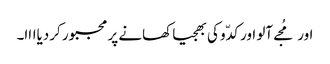
اور مُجے آلو اور کدّو کی بھجیا کھانے پر مجبور کردیاااا۔